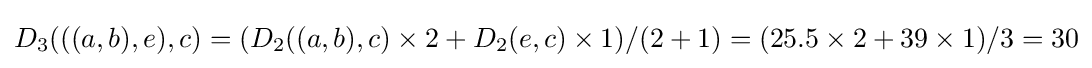
D_{3}(((a,b),e),c)=(D_{2}((a,b),c)\times 2+D_{2}(e,c)\times 1)/(2+1)=(25.5\times 2+39\times 1)/3=30